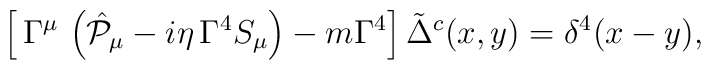
\left[\,\Gamma^\mu\,\left(\hat{{\cal P}}_\mu- i\eta \,\Gamma^4 S_\mu \right) - m\Gamma^4\right]\tilde{\Delta}^c(x,y)= \delta^4(x-y),